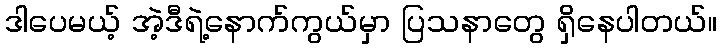
ဒါပေမယ့် အဲ့ဒီရဲ့နောက်ကွယ်မှာ ပြသနာတွေ ရှိနေပါတယ်။